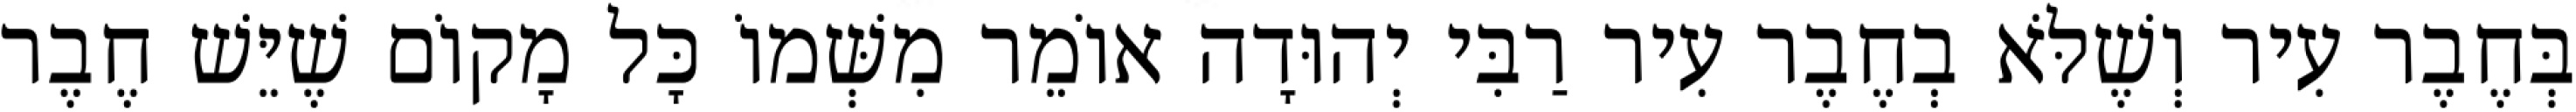
בְּחֶבֶר עִיר וְשֶׁלֹּא בְחֶבֶר עִיר רַבִּי יְהוּדָה אוֹמֵר מִשְּׁמוֹ כָּל מָקוֹם שֶׁיֵּשׁ חֶבֶר